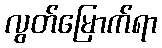
လွတ်မြောက်ရာ